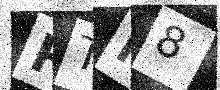
Text: RTN8